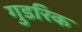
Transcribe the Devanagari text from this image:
गुडरिक